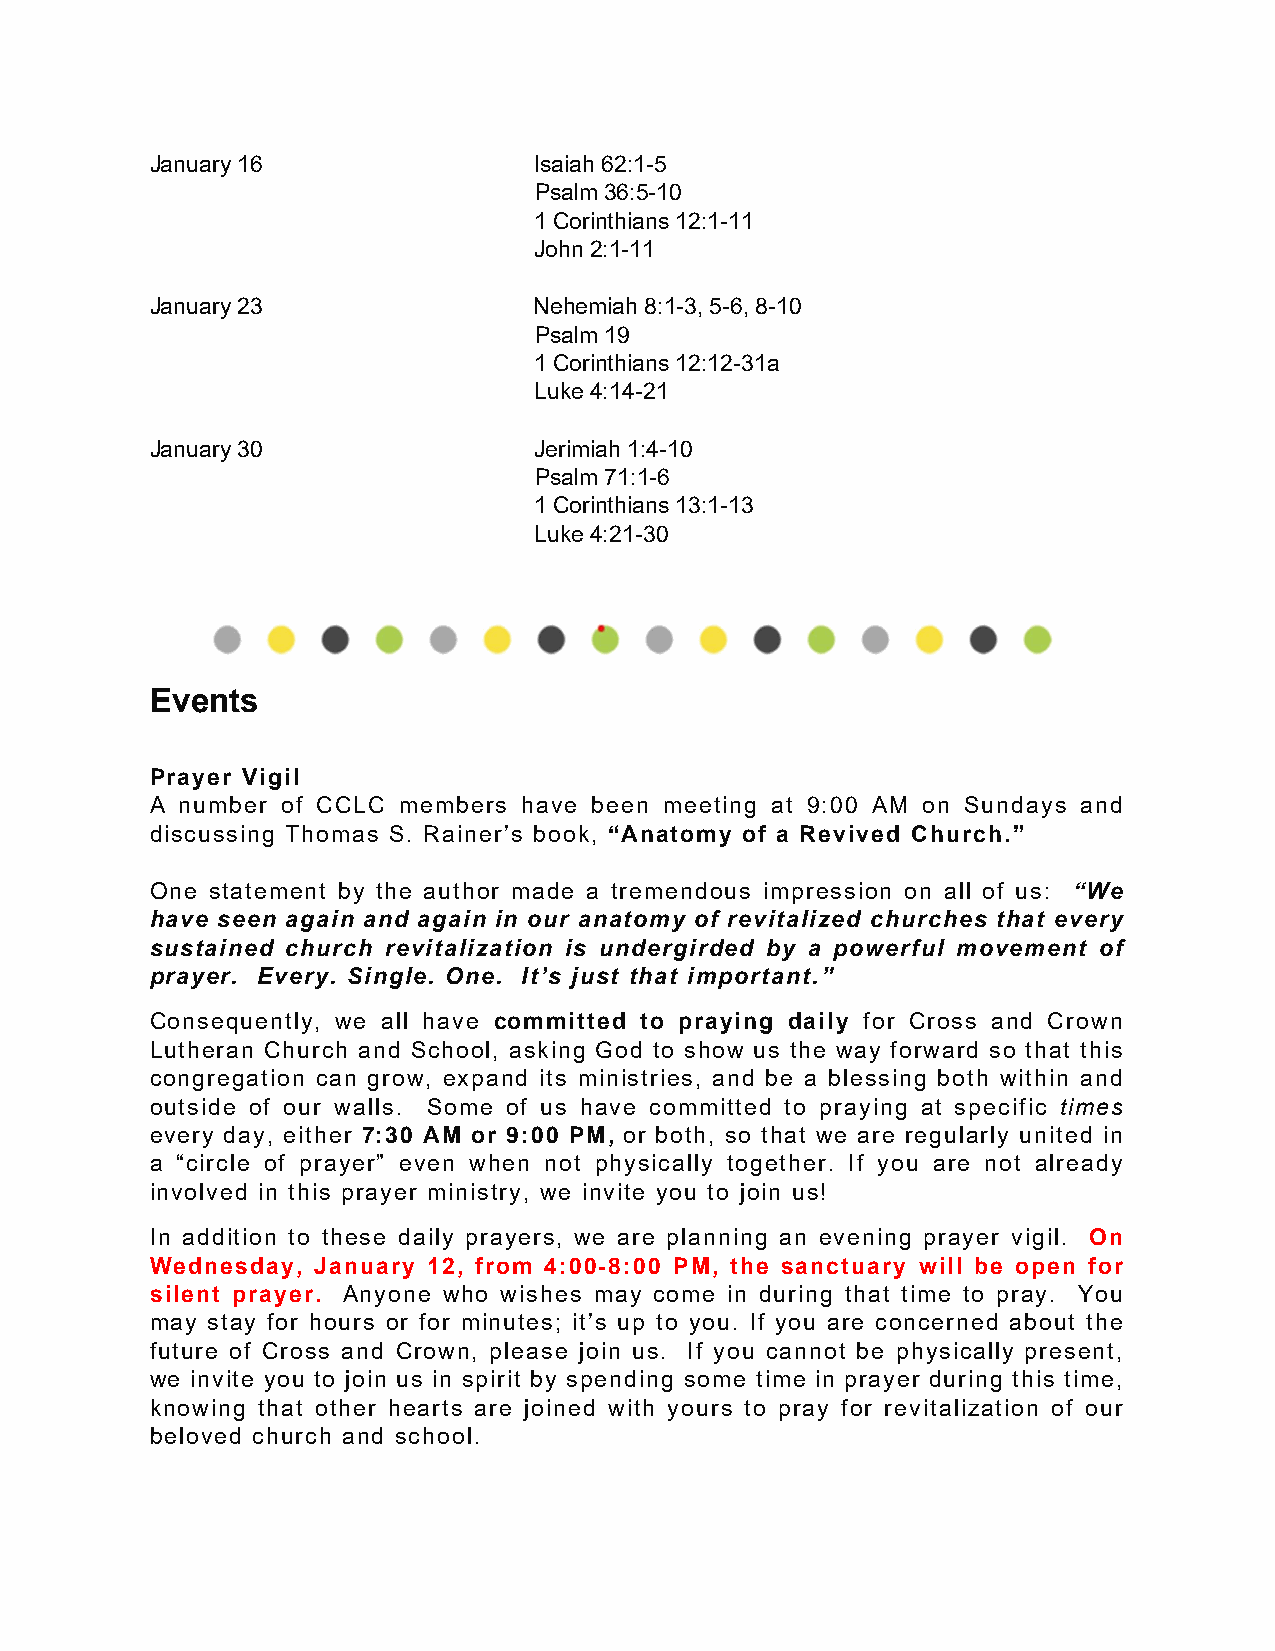
January 16               Isaiah 62:1-5
 Psalm 36:5-10
 1 Corinthians 12:1-11
 John 2:1-11
 January 23               Nehemiah 8:1-3, 5-6, 8-10
 Psalm 19
 1 Corinthians 12:12-31a
 Luke 4:14-21
 January 30               Jerimiah 1:4-10
 Psalm 71:1-6
 1 Corinthians 13:1-13
 Luke 4:21-30
 Events
 Prayer Vigil
 A number of CCLC members have been meeting at 9:00 AM on Sundays and
 discussing Thomas S. Rainer’s book, “Anatomy of a Revived Church.”
 One statement by the author made a tremendous impression on all of us: “We
 have seen again and again in our anatomy of revitalized churches that every
 sustained church revitalization is undergirded by a powerful movement of
 prayer. Every. Single. One. It’s just that important.”
 Consequently, we all have committed to praying daily for Cross and Crown
 Lutheran Church and School, asking God to show us the way forward so that this
 congregation can grow, expand its ministries, and be a blessing both within and
 outside of our walls. Some of us have committed to praying at specific times
 every day, either 7:30 AM or 9:00 PM, or both, so that we are regularly united in
 a “circle of prayer” even when not physically together. If you are not already
 involved in this prayer ministry, we invite you to join us!
 In addition to these daily prayers, we are planning an evening prayer vigil. On
 Wednesday, January 12, from 4:00-8:00 PM, the sanctuary will be open for
 silent prayer. Anyone who wishes may come in during that time to pray. You
 may stay for hours or for minutes; it’s up to you. If you are concerned about the
 future of Cross and Crown, please join us. If you cannot be physically present,
 we invite you to join us in spirit by spending some time in prayer during this time,
 knowing that other hearts are joined with yours to pray for revitalization of our
 beloved church and school.